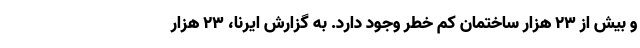
و بیش از ۲۳ هزار ساختمان کم خطر وجود دارد. به گزارش ایرنا، ۲۳ هزار